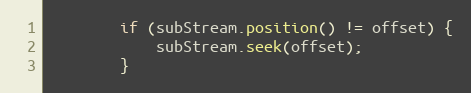
Language: Java
		if (subStream.position() != offset) {
			subStream.seek(offset);
		}